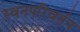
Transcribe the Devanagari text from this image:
स्वनपरिवर्तन